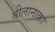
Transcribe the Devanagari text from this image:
श्रीलानाका